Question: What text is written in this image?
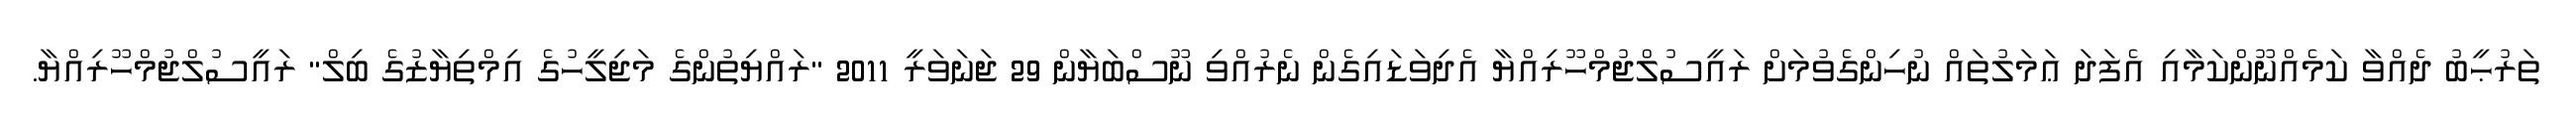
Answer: ތަރުޙީބު ދެއްވާ ކަމެއްނޫންކަމާއި އެފަދަ ޢަމަލުތައް ނުހިންގެވުމަށް ރައީސުލްޖުމްހޫރިއްޔާ އެދިވަޑައިގެން ނެރުއްވި ނޫސްބަޔާން 29 ޖަނަވަރީ 2011 "ރައްޔިތުންގެ މަޖިލީހުގެ އިމްތިޔާޒުގެ ބިލް" ރައީސުލްޖުމްހޫރިއްޔާ.